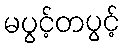
မပွင့်တပွင့်